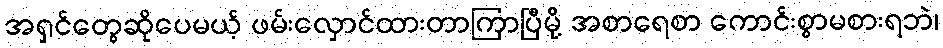
အရှင်တွေဆိုပေမယ့် ဖမ်းလှောင်ထားတာကြာပြီမို့ အစာရေစာ ကောင်းစွာမစားရဘဲ၊